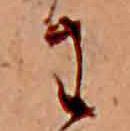
わ